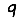
Digit: 9